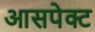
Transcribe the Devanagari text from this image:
आसपेक्ट